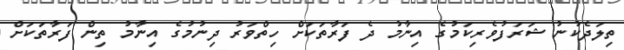
ތިލަދެކުނު ޝަރަފުވެރިކަމުގެ އިނާމު ދެ ފަރާތަކަށް ހިތްވަރު ދިނުމުގެ އިނާމު ތިން ފަރާތަކަށް